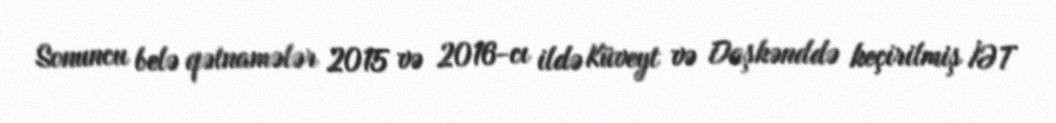
Sonuncu belə qətnamələr 2015 və 2016-cı ildə Küveyt və Daşkənddə keçirilmiş İƏT